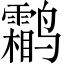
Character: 鹴